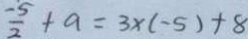
\frac { - 5 } { 2 } + a = 3 \times ( - 5 ) + 8